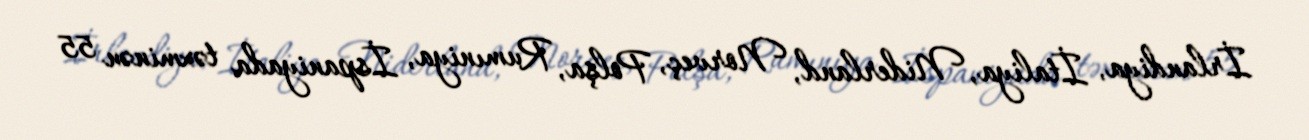
İrlandiya, İtaliya, Niderland, Norveç, Polşa, Rumıniya, İspaniyada təxminən 55